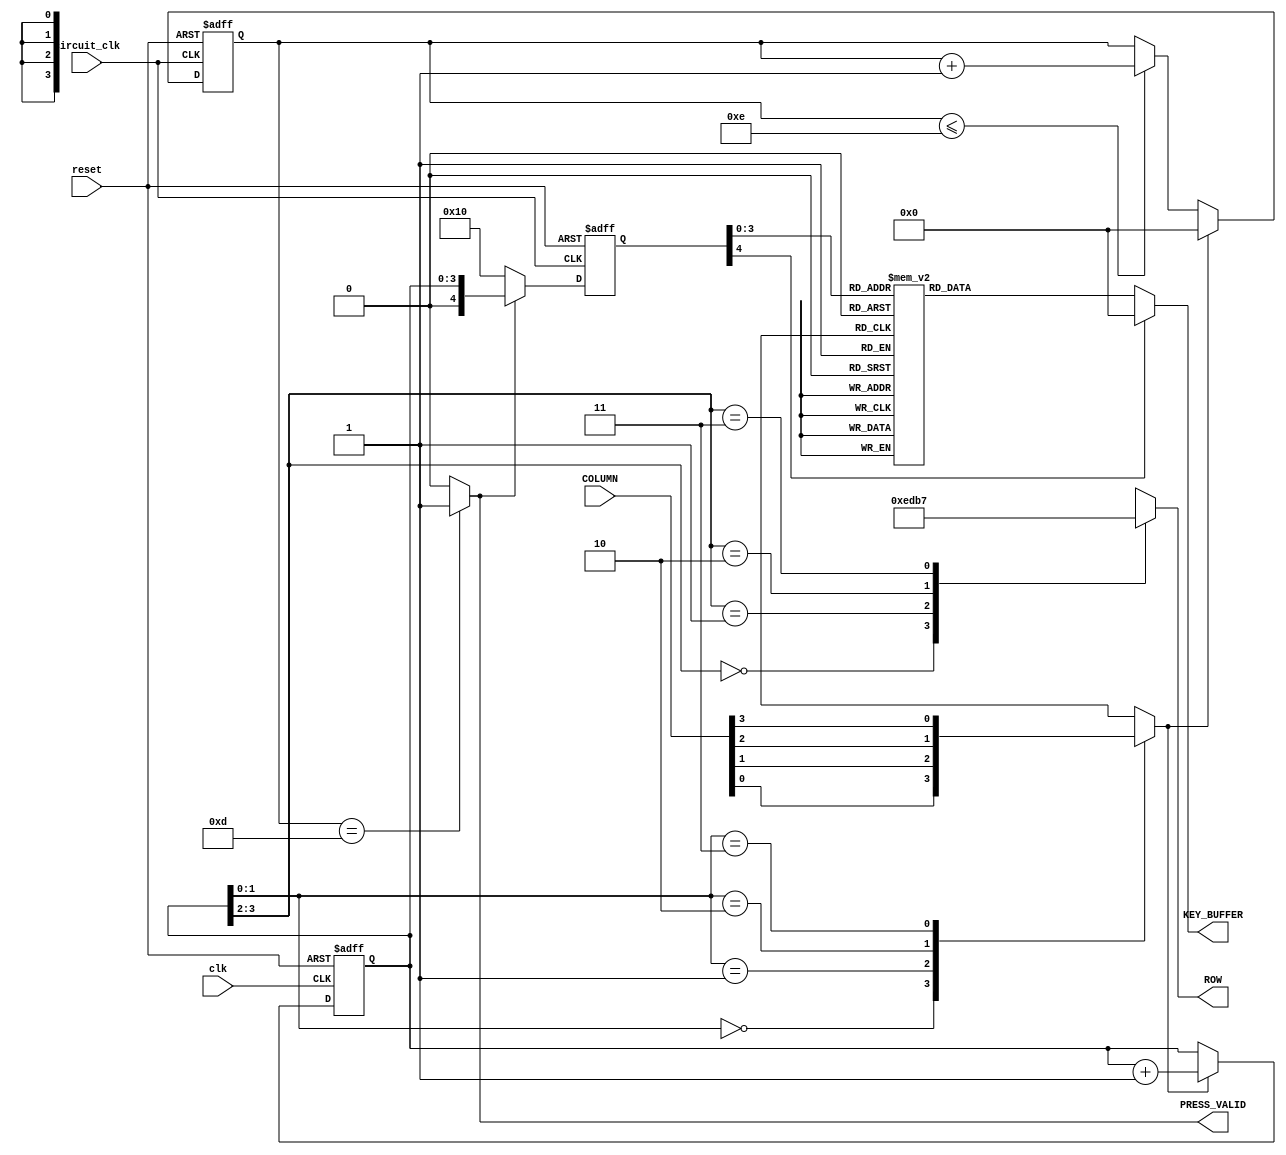
module KEYBOARD (ROW, KEY_BUFFER, PRESS_VALID, COLUMN, reset, circuit_clk, clk);

  input  clk, circuit_clk;
  input  reset;
  input  [3:0]  COLUMN;
  output [3:0]  ROW;
  output [3:0]  KEY_BUFFER;
  output PRESS_VALID;
  
  reg    [3:0]  ROW;
  reg    [3:0]  DEBOUNCE_COUNT;
  reg    [3:0]  SCAN_CODE;
  reg    [4:0]  KEY_CODE;
  reg    [3:0] KEY_BUFFER;
  reg    PRESS;
  wire   PRESS_VALID;

  
/***************************
 * Scanning Code Generator *
 ***************************/
 
  always @(posedge clk or negedge reset)
    begin
      if (!reset) 
	        SCAN_CODE <= 4'h0;
      else if (PRESS)
	        SCAN_CODE <= SCAN_CODE + 1;
    end

/*********************
 * Scanning Keyboard *
 *********************/
 
  always @(SCAN_CODE or COLUMN)
    begin
      case (SCAN_CODE[3:2])
        2'b00 : ROW = 4'b1110;
        2'b01 : ROW = 4'b1101;
        2'b10 : ROW = 4'b1011;
        2'b11 : ROW = 4'b0111;
      endcase
      case (SCAN_CODE[1:0])
        2'b00 : PRESS = COLUMN[0];
        2'b01 : PRESS = COLUMN[1];
        2'b10 : PRESS = COLUMN[2];
        2'b11 : PRESS = COLUMN[3];
      endcase
    end
    
/********************
 * Debounce Circuit *
 ********************/

  always @(posedge circuit_clk or negedge reset)
    begin
      if (!reset)
	        DEBOUNCE_COUNT <= 4'h0;
	   else if (PRESS)
			  DEBOUNCE_COUNT <= 4'h0;
      else if (DEBOUNCE_COUNT <= 4'hE)
	        DEBOUNCE_COUNT <= DEBOUNCE_COUNT + 1;
    end 
  assign PRESS_VALID = (DEBOUNCE_COUNT == 4'hD) ?
                        1'b1 : 1'b0;
 
/******************
 * Fetch Key Code *
 ******************/
 
  always @(negedge circuit_clk or negedge reset)
    begin
      if (!reset)
         KEY_CODE <= 5'b10000;     
      else if (PRESS_VALID)
         KEY_CODE <= {1'b0,SCAN_CODE};
		else
			KEY_CODE <= 5'b10000;
    end
    
      
/********************************
 * Convert Key Code Into Number * 
 ********************************/

  always @(KEY_CODE)
   begin
    case (KEY_CODE)
     {1'b0,4'hC} : KEY_BUFFER = 4'h0; // 0
     {1'b0,4'hD} : KEY_BUFFER = 4'h1; // 1
     {1'b0,4'h9} : KEY_BUFFER = 4'h2; // 2
     {1'b0,4'h5} : KEY_BUFFER = 4'h3; // 3
     {1'b0,4'hE} : KEY_BUFFER = 4'h4; // 4
     {1'b0,4'hA} : KEY_BUFFER = 4'h5; // 5
     {1'b0,4'h6} : KEY_BUFFER = 4'h6; // 6
     {1'b0,4'hF} : KEY_BUFFER = 4'h7; // 7
     {1'b0,4'hB} : KEY_BUFFER = 4'h8; // 8
     {1'b0,4'h7} : KEY_BUFFER = 4'h9; // 9
     {1'b0,4'h8} : KEY_BUFFER = 4'hA; // A
     {1'b0,4'h4} : KEY_BUFFER = 4'hB; // B
     {1'b0,4'h3} : KEY_BUFFER = 4'hC; // C
     {1'b0,4'h2} : KEY_BUFFER = 4'hD; // D
     {1'b0,4'h1} : KEY_BUFFER = 4'hE; // E
     {1'b0,4'h0} : KEY_BUFFER = 4'hF; // F
	  default: KEY_BUFFER = 4'h0;
    endcase  
   end

endmodule